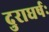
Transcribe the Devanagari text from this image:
दुराधर्षः